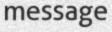
message